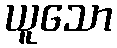
ယူသော